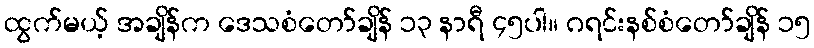
ထွက်မယ့် အချိန်က ဒေသစံတော်ချိန် ၁၃ နာရီ ၄၅ပါ။ ဂရင်းနစ်စံတော်ချိန် ၁၅